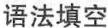
语法填空